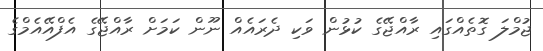
ޖުމްލަ ގޮތެއްގައި ރާއްޖޭގެ ކުޅުން ވަކި ދެރައެއް ނޫން ކަމަށް ރާއްޖޭގެ އެފްއޭއެމްގެ